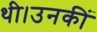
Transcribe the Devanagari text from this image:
थी।उनकीं